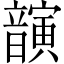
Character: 𫖚